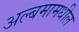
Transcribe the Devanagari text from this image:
अल्बमामधील